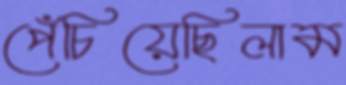
পেঁচিয়েছিলাম